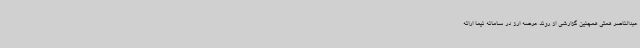
عبدالناصر همتی همچنین گزارشی از روند عرضه ارز در سامانه نیما ارائه